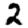
Digit: 2